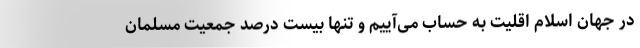
در جهان اسلام اقلیت به حساب می‌آییم و تنها بیست درصد جمعیت مسلمان